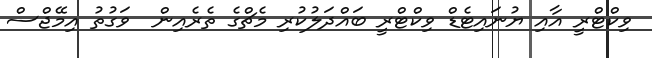
ވިކްޓްރީ އާއި ޔުނައިޓެޑް ވިކްޓްރީ ބައްދަލުކުރި މެޗްގެ ތެރެއިން  ވަގުތު އިމޭޖްސް